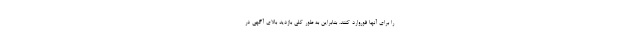
را برای آنها فوروارد کنند. بنابراین به طور کلی بازدید بالای آگهی در